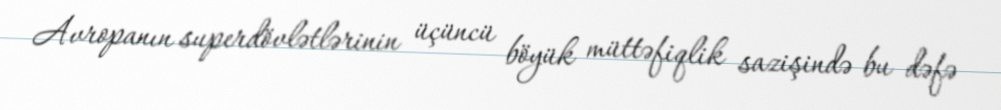
Avropanın superdövlətlərinin üçüncü böyük müttəfiqlik sazişində bu dəfə